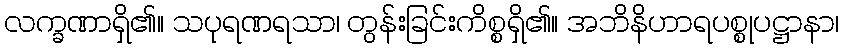
လက္ခဏာရှိ၏။ သပုရဏရသာ၊ တွန်းခြင်းကိစ္စရှိ၏။ အဘိနိဟာရပစ္စုပဋ္ဌာနာ၊